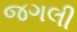
જગલી